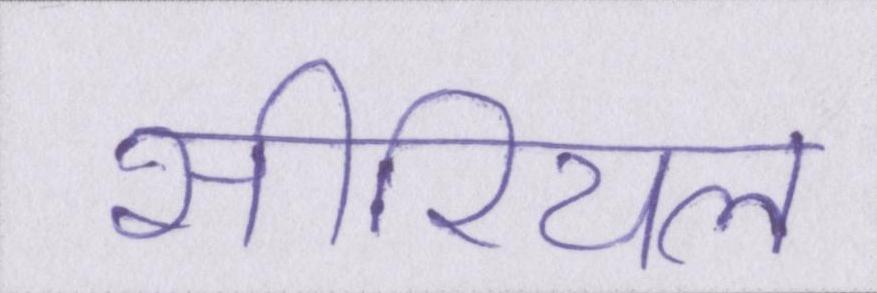
सीरियल